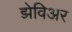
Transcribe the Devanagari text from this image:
झेविअर